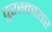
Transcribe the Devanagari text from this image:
पुरस्कायर